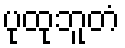
ပုထုဘူတံ